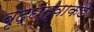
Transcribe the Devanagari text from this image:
वृद्धत्वाकडे